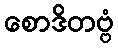
စောဒိတဗ္ဗံ